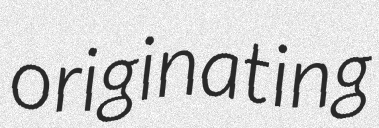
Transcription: originating